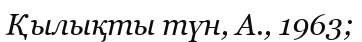
Қылықты түн, А., 1963;